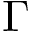
\Gamma